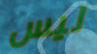
ليس